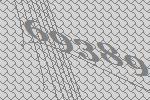
69389